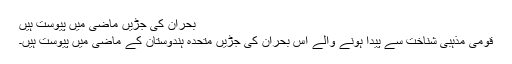
بحران کی جڑیں ماضی میں پیوست ہیں
قومی مذہبی شناخت سے پیدا ہونے والے اس بحران کی جڑیں متحدہ ہندوستان کے ماضی میں پیوست ہیں۔